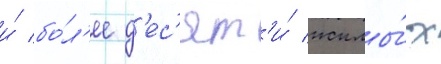
и́ бо́л'ее д'ес'ят'и́ жилы́х